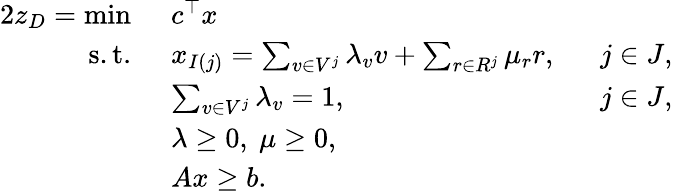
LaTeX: \begin{array}{rlr}{{2}z_{D}=\operatorname*{min}\ }&{c^{\top}x}\\ {\mathrm{s.t.~}}&{x_{I(j)}=\sum_{v\in V^{j}}\lambda_{v}v+\sum_{r\in R^{j}}\mu_{r}r,~~}&{j\in J,}\\ &{\sum_{v\in V^{j}}\lambda_{v}=1,}&{j\in J,}\\ &{\lambda\geq 0,~\mu\geq 0,}\\ &{Ax\geq b.}\end{array}